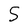
Character: 5